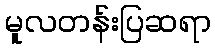
မူလတန်းပြဆရာ